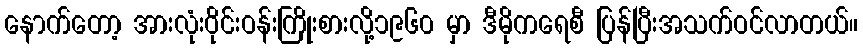
နောက်တော့ အားလုံးဝိုင်းဝန်းကြိုးစားလို့၁၉၆၀ မှာ ဒီမိုကရေစီ ပြန်ပြီးအသက်ဝင်လာတယ်။